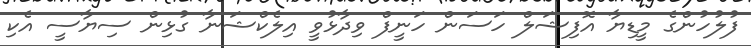
ފުލުހުންގެ މީޑިޔާ އޮފިޝަލް ހަސަން ހަނީފް ވިދާޅުވީ އިލެކްޝަނާ ގުޅިން ސިޔާސީ އެކި